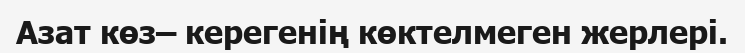
Азат көз– керегенің көктелмеген жерлері.